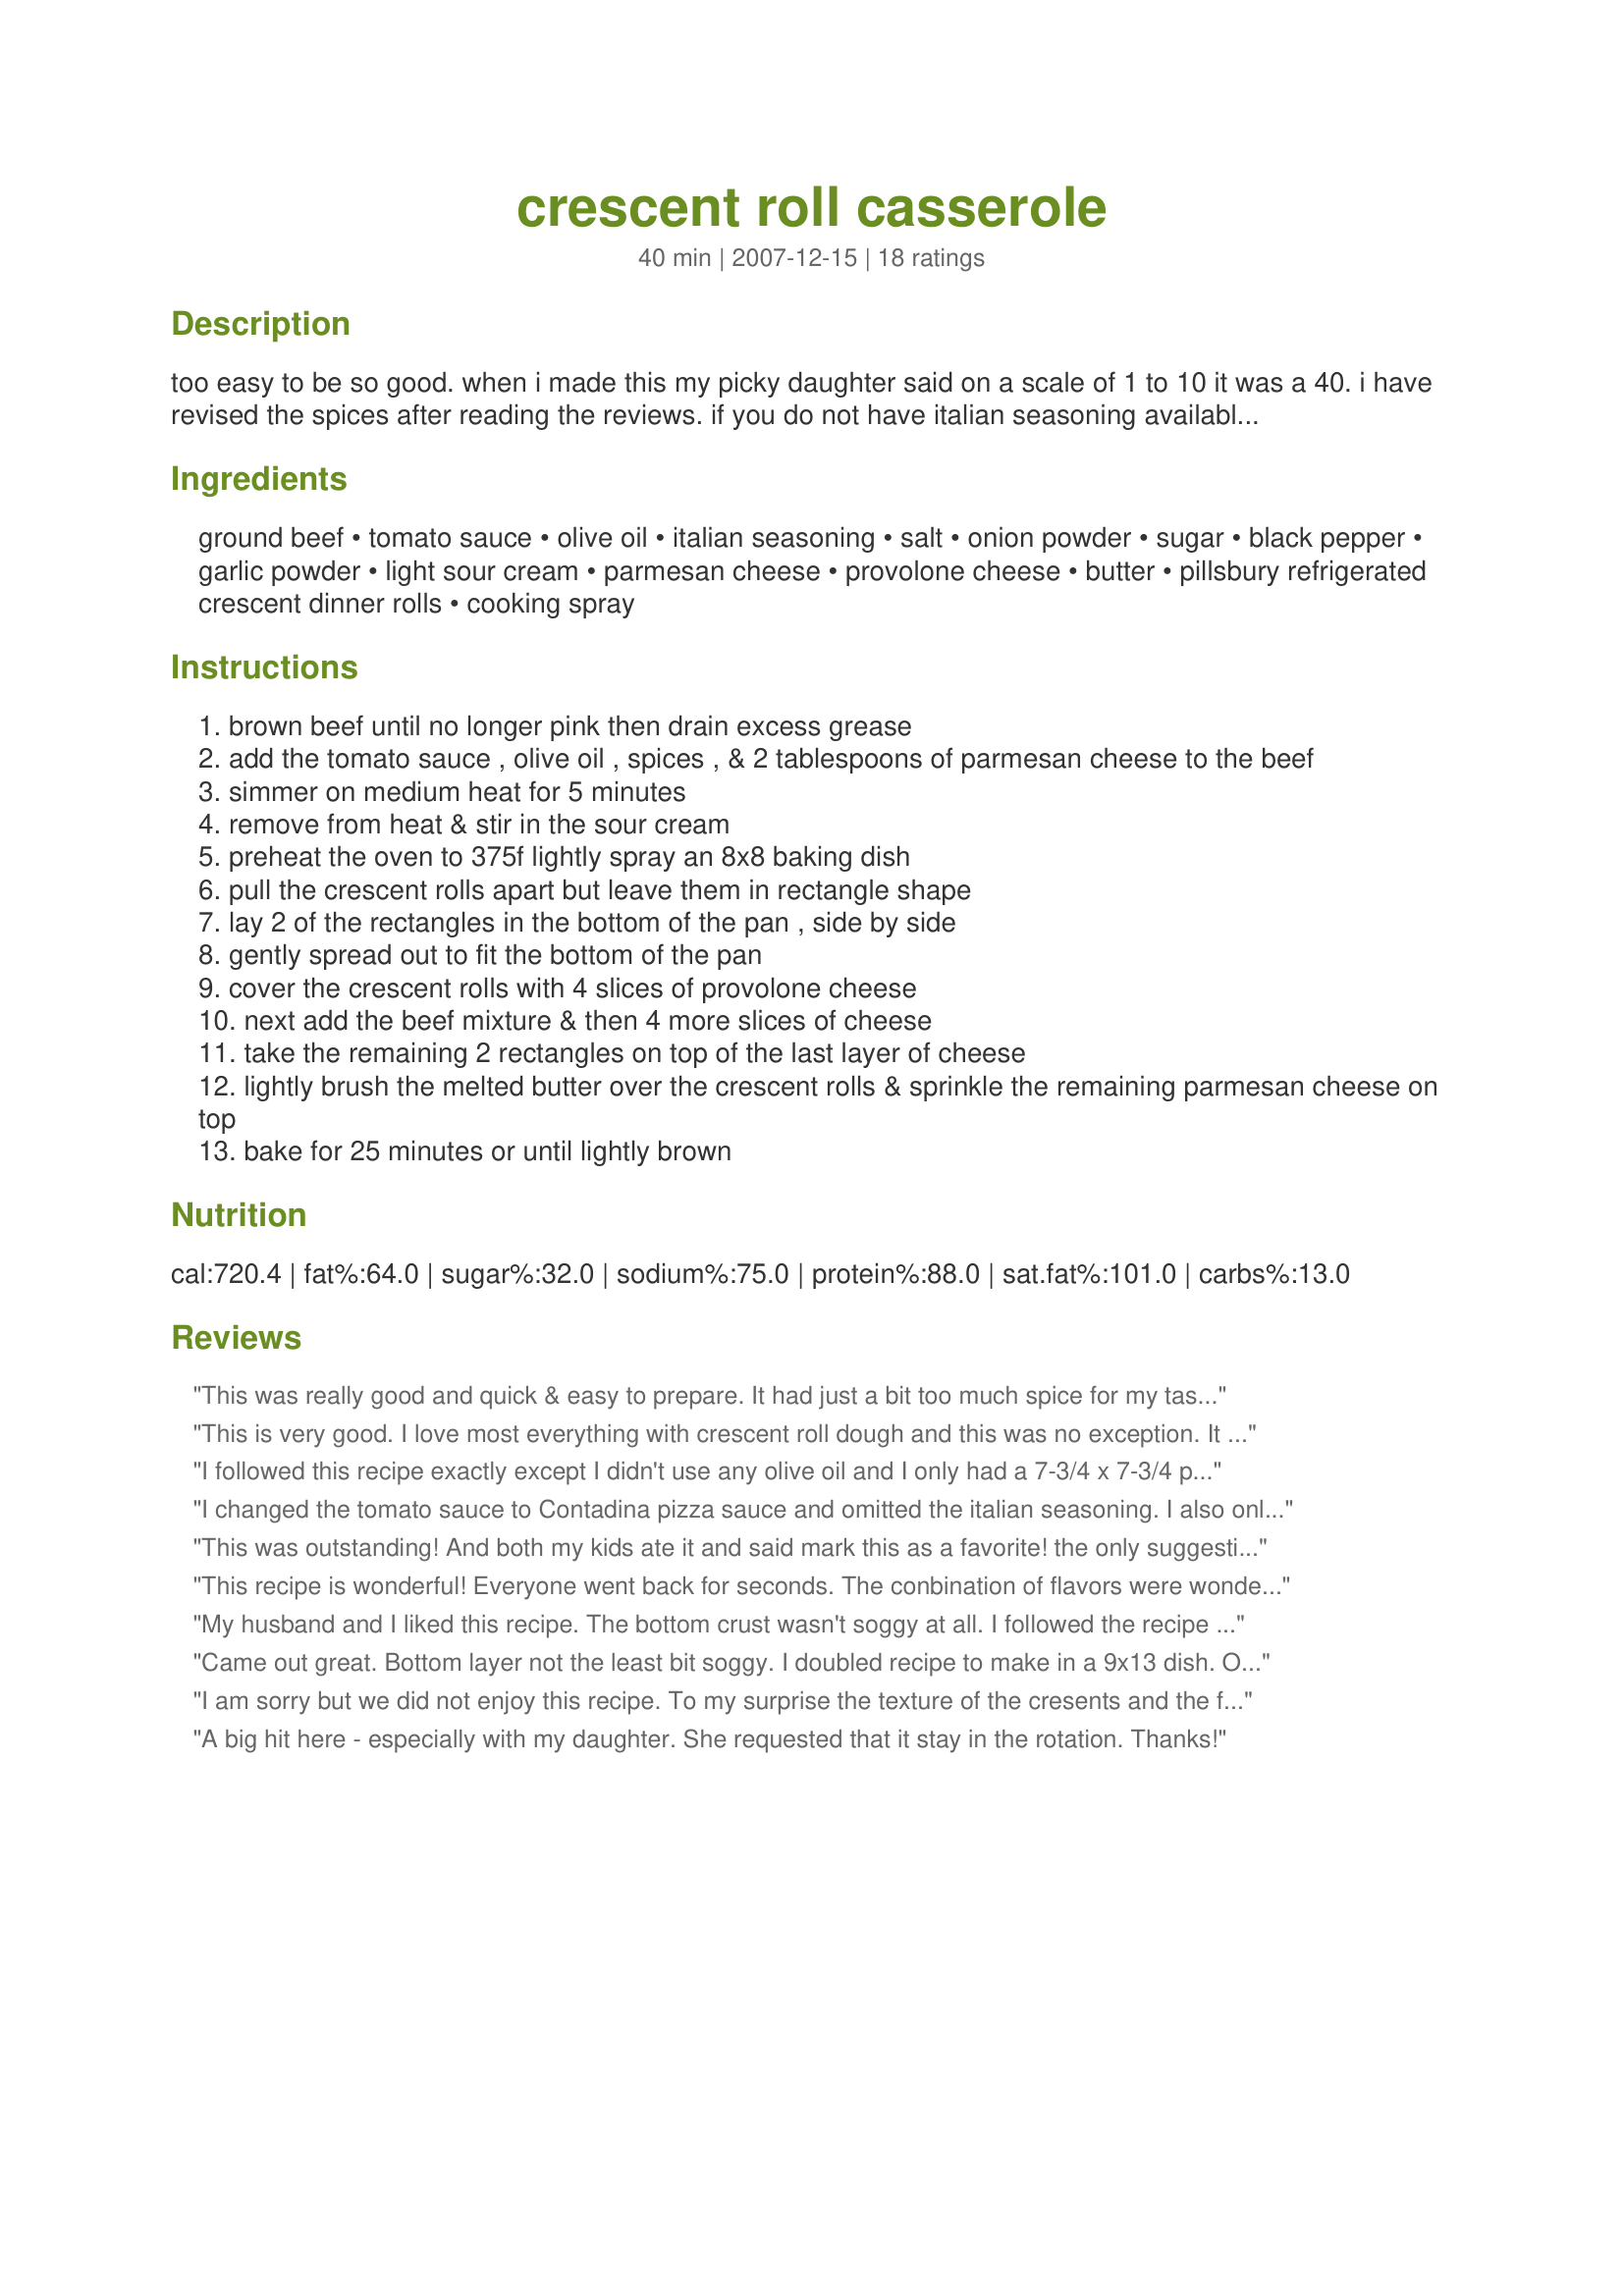
crescent roll casserole
Preparation time: 40 minutes

too easy to be so good. when i made this my picky daughter said on a scale of 1 to 10 it was a 40. i have revised the spices after reading the reviews. if you do not have italian seasoning available you can use 1/4 tsp oregano, 1/4 tsp basil, 1/4 tsp thyme, & 1/4 tsp marjoram.

Ingredients:
ground beef, tomato sauce, olive oil, italian seasoning, salt, onion powder, sugar, black pepper, garlic powder, light sour cream, parmesan cheese, provolone cheese, butter, pillsbury refrigerated crescent dinner rolls, cooking spray

Steps:
brown beef until no longer pink then drain excess grease
add the tomato sauce , olive oil , spices , & 2 tablespoons of parmesan cheese to the beef
simmer on medium heat for 5 minutes
remove from heat & stir in the sour cream
preheat the oven to 375f lightly spray an 8x8 baking dish
pull the crescent rolls apart but leave them in rectangle shape
lay 2 of the rectangles in the bottom of the pan , side by side
gently spread out to fit the bottom of the pan
cover the crescent rolls with 4 slices of provolone cheese
next add the beef mixture & then 4 more slices of cheese
take the remaining 2 rectangles on top of the last layer of cheese
lightly brush the melted butter over the crescent rolls & sprinkle the remaining parmesan cheese on top
bake for 25 minutes or until lightly brown

Reviews:
This was really good and quick & easy to prepare. It had just a bit too much spice for my taste though and next time I will omit the Thyme & Marjoram.
This is very good. I love most everything with crescent roll dough and this was no exception. It makes a satisfying weeknight meal. Thanks for sharing!
I followed this recipe exactly except I didn't use any olive oil and I only had a 7-3/4 x 7-3/4 pan. It was delicious and my family loved it. My bottom crust was not soggy at all. This was quick and easy and I will definitely make it again.
I changed the tomato sauce to Contadina pizza sauce and omitted the italian seasoning. I also only had 9x6 pan. Definitely will make again.
This was outstanding! And both my kids ate it and said mark this as a favorite! the only suggestion I would make is to not add additional salt.
This recipe is wonderful! Everyone went back for seconds. The conbination of flavors were wonderful. I did not think the spices were overpowering. This is definitely a recipe that will be remade many times in the future!
My husband and I liked this recipe. The bottom crust wasn't soggy at all. I followed the recipe exactly except I used more cheese. The flavor of the meat sauce was delicious. Thank you.
Came out great. Bottom layer not the least bit soggy. I doubled recipe to make in a 9x13 dish. Only changes were to use 12 slices of provolone on top &amp; bottom (to fully cover crust) &amp; 1 15 oz can + 1 8 oz can of sauce. Picky stepkids loved it.
I am sorry but we did not enjoy this recipe. To my surprise the texture of the cresents and the filling just did not match. My family described this as "odd" and did not finish their dinner. We will not have this again.
A big hit here - especially with my daughter. She requested that it stay in the rotation.

Thanks!
This was excellent. My husband dosent like ground beef that good but he loved this. Thanks alot!
This was delicious, w/a few tweaks that are almost a given for me. I doubled the Italian seasoning, added about a tablespoonful of soy and worchestershire sauces, and a pinch more salt, and simmered it for about an hour. Did leave out the olive oil. Having never made a recipe like this w/Crescent Rolls, I had no idea how it would serve up, but, it was just perfect. BH loved it.
The whole family liked this one! The bottom dough layer was a little soggy, even with the cheese on top. Next time I will use a larger dish and put all the dough on the top. Thanks for posting.
We really enjoyed this. I doubled the italian seasoning and used shredded mozarella. If you rinse the pasta can out, be sure to cook the meat sauce down. I didn't, and that was my fiance's only complaint. But my EXTREMELY picky DD loved it! Thanks..
Yummy! This was a breeze to throw together and even easier to eat :) I do agree with another reviewer that some of the spices are a little strong...I can't put my finger on which one it was though. I didn't have enough tomato sauce, so instead I used a can of tomato soup and a couple big healthy squirts of ketchup. I was very impressed that the bottom crust stayed crisp and didn't get soggy. This has lots of potential and you could really put almost anything in the filling. Thanks so much for posting this great dish.
I was browsing for a recipe to make for dinner tonight when the photo by flower7 caught my eye...I had to make this. I was not disappointed! This is really good and very easy to do. I left out the olive oil (not really sure what it is needed for) and I changed the cheese to mozzarella as I didn't have provlone. The kids loved it and want to have it again soon. Thx for the great recipe Nasseh and thx to flower7 for the yummy photo!
What a nice, simple, easy to put together casserole! I made it exactly as written and it was great...I saw no need to make any changes to it. 3 of us cleaned out that dish with no problem whatsoever. This will definitely be placed on the "make again" list. Thanks for posting
This was very good and quick. I didn't change anything except to leave out the oil and butter. I think next time I would use 2 rolls of crescents and a 13x9 pan so the meat layer would be thinner. Thanks for the recipe! [Made for 1.2.3 Hits]
